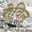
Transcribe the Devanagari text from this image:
रोविल